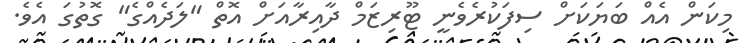
މިކަން އެއް ބަޔަކަށް ސިފަކުރެވެނީ ޓޫރިޒަމް ދާއިރާއަށް އޮތް "ލަދެއްގެ" ގޮތުގަ އެވެ.